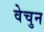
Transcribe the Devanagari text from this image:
वेचुन